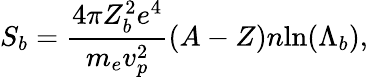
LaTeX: S_{b}=\frac{4\pi Z_{b}^{2}e^{4}}{m_{e}v_{p}^{2}}(A-Z)n\mathrm{ln}(\Lambda_{b}),